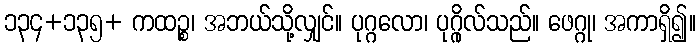
၁၃၄+၁၃၅+ ကထဉ္စ၊ အဘယ်သို့လျှင်။ ပုဂ္ဂလော၊ ပုဂ္ဂိုလ်သည်။ ဖေဂ္ဂု၊ အကာရှိ၍။